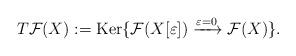
LaTeX: \begin{align*} T\mathcal{F}(X) :=\mathrm{Ker} \{ \mathcal{F}(X[\varepsilon]) \xrightarrow{\varepsilon =0 } \mathcal{F}(X)\}.\end{align*}